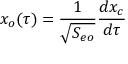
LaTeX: x _ { o } ( \tau ) = { \frac { 1 } { \sqrt { S _ { e o } } } } { \frac { d x _ { c } } { d \tau } }